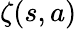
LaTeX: \zeta(s,a)